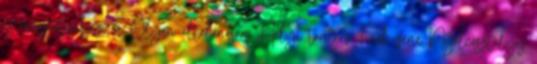
és megértéséhez. 3. Olyan általánosan Helyi tanterv Ének-zene Nyolcosztályos